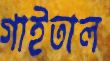
গাইতাল